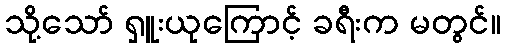
သို့သော် ရှူးယုကြောင့် ခရီးက မတွင်။